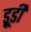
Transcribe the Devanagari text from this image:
ड्रूडी